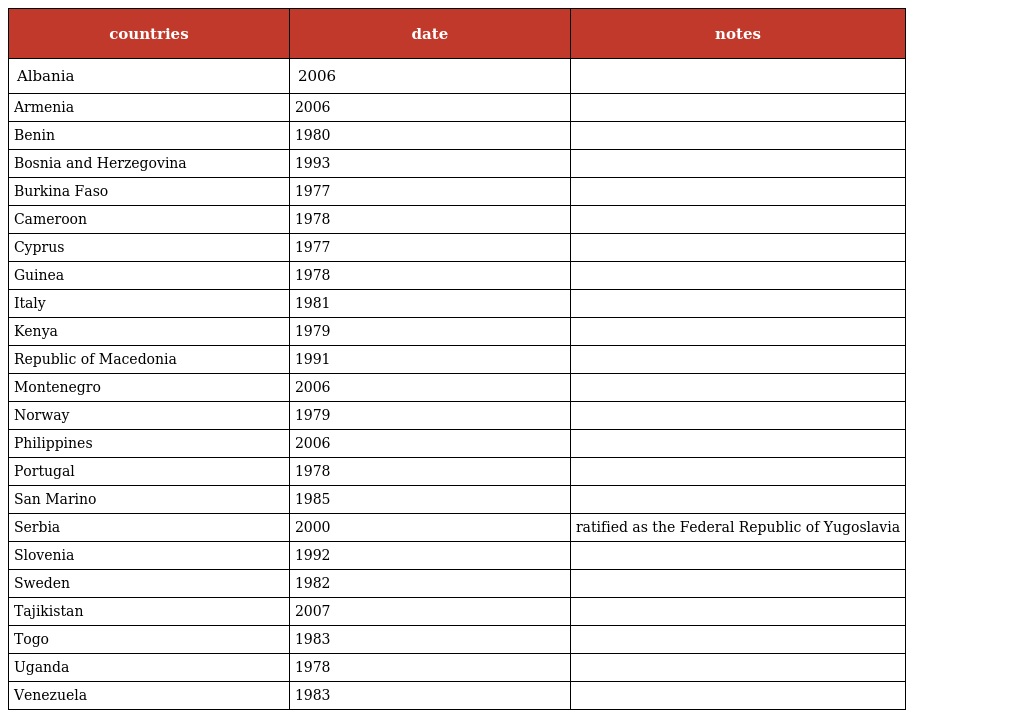
| countries | date | notes |
 | --- | --- | --- |
 | Albania | 2006 |  |
 | Armenia | 2006 |  |
 | Benin | 1980 |  |
 | Bosnia and Herzegovina | 1993 |  |
 | Burkina Faso | 1977 |  |
 | Cameroon | 1978 |  |
 | Cyprus | 1977 |  |
 | Guinea | 1978 |  |
 | Italy | 1981 |  |
 | Kenya | 1979 |  |
 | Republic of Macedonia | 1991 |  |
 | Montenegro | 2006 |  |
 | Norway | 1979 |  |
 | Philippines | 2006 |  |
 | Portugal | 1978 |  |
 | San Marino | 1985 |  |
 | Serbia | 2000 | ratified as the Federal Republic of Yugoslavia |
 | Slovenia | 1992 |  |
 | Sweden | 1982 |  |
 | Tajikistan | 2007 |  |
 | Togo | 1983 |  |
 | Uganda | 1978 |  |
 | Venezuela | 1983 |  |